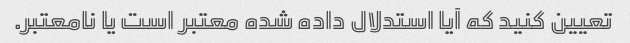
تعیین کنید که آیا استدلال داده شده معتبر است یا نامعتبر.